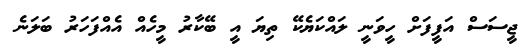
ޖީސަސް އަފީފަށް ހީވަނީ ލައްކަޔެކޭ ތިޔަ އީ ބޭކާރު މީހެއް އެއްފަހަރު ބަލަނެ